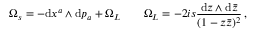
\Omega _ { s } = - \mathrm { d } x ^ { a } \wedge \mathrm { d } p _ { a } + \Omega _ { \cal L } \qquad \Omega _ { \cal L } = - 2 i s \frac { \mathrm { d } z \wedge \mathrm { d } \bar { z } } { ( 1 - z \bar { z } ) ^ { 2 } } \, ,